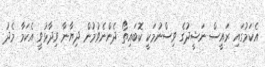
އެކަމުގައި ރައީސް ނަޝީދުގެ ވިސްނުމަކީ ކޮބައިތޯ ދެންނެވުމުން ދިޔާނާ ވިދާޅުވީ އެކަމާ މެދު